Report on sanitation, dispensaries, and jails in Rajputana for 1913, and on vaccination for the year 1913-1914 - 1913-1914
Year: 1913
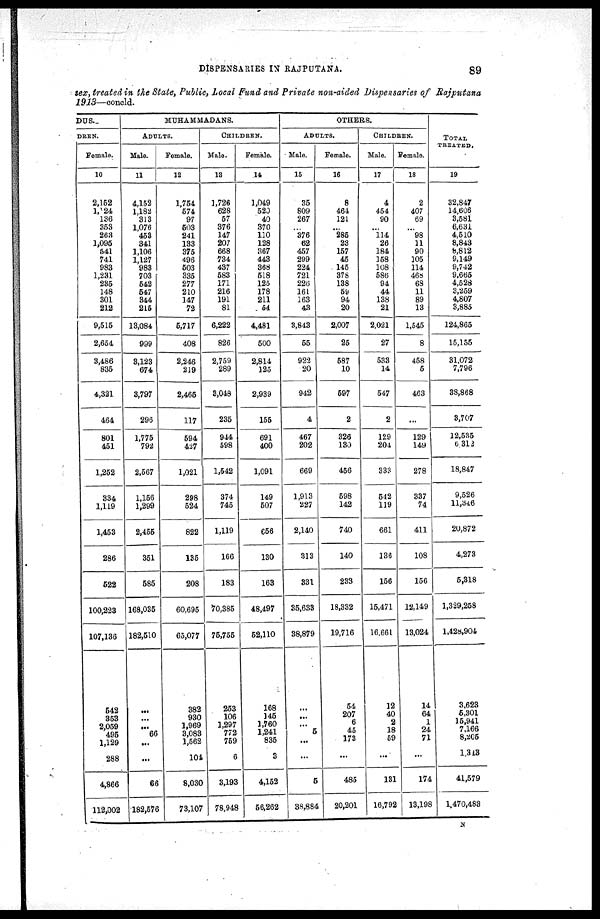
DISPENSARIES IN RAJPUTANA.
89
sex, treated in the State, Public, Local Fund and Private non-aided Dispensaries of Rajputana
1913—concld.
DUS.
DREN.
Female.
10
2,152
1m124
136
353
263
1,095
541
741
983
1,231
235
148
301
212
9,515
2,654
3,486
835
4,321
464
801
451
1,252
334
1,119
1,453
286
522
100,223
107,136
542
353
2,059
495
1,129
288
4,866
112,002
MUHAMMADANS.
ADULTS.
Male.
11
4,152
1,182
313
1,076
453
341
1,106
1,127
983
703
542
547
344
215
13,084
999
3,123
674
3,797
296
1,775
792
2,567
1,156
1,299
2,455
351
585
168,035
182,510
...
...
...
66
...
...
66
182,576
Female.
12
1,754
574
97
503
241
133
375
496
503
335
277
210
147
72
5,717
408
2,246
219
2,465
117
594
427
1,021
298
524
822
135
208
60,695
65,077
382
930
1,969
3,083
1,562
104
8,030
73,107
CHILDREN.
Male.
13
1,726
628
57
376
147
207
668
734
437
583
171
216
191
81
6,222
826
2,759
289
3,048
235
944
598
1,542
374
745
1,119
166
183
70,385
75,755
253
106
1,297
772
759
6
3,193
78,948
Female.
14
1,049
520
40
370
110
128
367
443
368
518
125
178
211
54
4,481
500
2,814
125
2,939
155
691
400
1,091
149
507
656
130
163
48,497
52,110
168
145
1,760
1,241
835
3
4,152
56,262
OTHERS.
ADULTS.
Male.
15
35
809
267
...
376
62
457
299
224
721
226
161
163
43
3,843
55
922
20
942
4
467
202
669
1,913
227
2,140
313
331
35,633
38,879
...
...
...
5
...
...
5
38,884
Female.
16
8
464
121
...
285
23
157
45
145
378
138
59
94
20
2,007
25
587
10
597
2
326
130
456
598
142
740
140
233
18,332
19,716
54
207
6
45
173
...
485
20,201
CHILDREN.
Male.
17
4
454
90
...
114
26
184
158
108
586
94
44
138
21
2,021
27
533
14
547
2
129
204
333
542
119
661
136
156
15,471
16,661
12
40
2
18
59
...
131
16,792
Female.
18
2
407
69
...
98
11
90
105
114
468
68
11
89
13
1,545
8
458
5
463
...
129
149
278
337
74
411
108
156
12,149
13,024
14
64
1
24
71
...
174
13,198
TOTAL
TREATED.
19
32,847
14,606
3,581
6,631
4,510
8,843
8,812
9,149
9,742
9,665
4,528
3,259
4,807
3,885
124,865
15,155
31,072
7,796
38,868
3,707
12,535
6,312
18,847
9,526
11,346
20,872
4,273
5,318
1,329,258
1,428,904
3,623
5,301
15,941
7,166
8,205
1,343
41,579
1,470,483
N